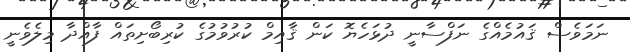
ނަމަވެސް ޤައުމެއްގެ ނަފްސާނީ ދުޅަހެޔޮ ކަން ޤާއިމް ކުރުވުމުގެ ކުރިބޯށިތައް ފާއްދާ މިލެވެނީ